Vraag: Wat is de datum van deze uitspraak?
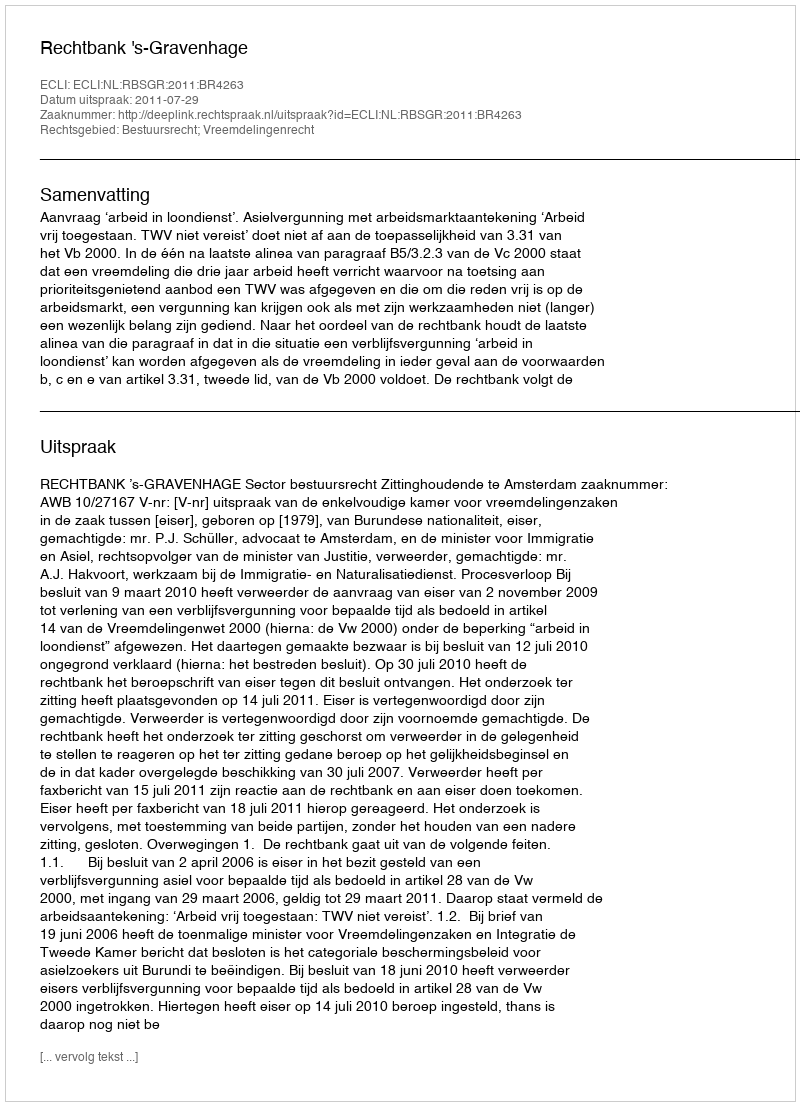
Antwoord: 2011-07-29